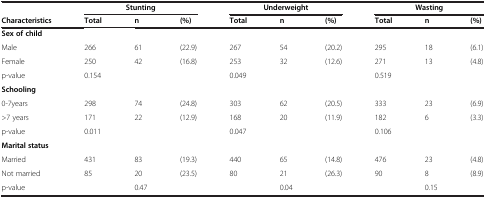
|  | <COLSPAN=3> Stunting | <COLSPAN=3> Underweight | <COLSPAN=3> Wasting |
 | Characteristics | Total | n | (%) | Total | n | (%) | Total | n | (%) |
 | --- | --- | --- | --- | --- | --- | --- | --- | --- | --- |
 | Sex of child |  |  |  |  |  |  |  |  |  |
 | Male | 266 | 61 | (22.9) | 267 | 54 | (20.2) | 295 | 18 | (6.1) |
 | Female | 250 | 42 | (16.8) | 253 | 32 | (12.6) | 271 | 13 | (4.8) |
 | p-value | 0.154 |  |  | 0.049 |  |  | 0.519 |  |  |
 | Schooling |  |  |  |  |  |  |  |  |  |
 | 0-7years | 298 | 74 | (24.8) | 303 | 62 | (20.5) | 333 | 23 | (6.9) |
 | >7 years | 171 | 22 | (12.9) | 168 | 20 | (11.9) | 182 | 6 | (3.3) |
 | p-value | 0.011 |  |  | 0.047 |  |  | 0.106 |  |  |
 | Marital status |  |  |  |  |  |  |  |  |  |
 | Married | 431 | 83 | (19.3) | 440 | 65 | (14.8) | 476 | 23 | (4.8) |
 | Not married | 85 | 20 | (23.5) | 80 | 21 | (26.3) | 90 | 8 | (8.9) |
 | p-value |  | 0.47 |  |  | 0.04 |  |  | 0.15 |  |